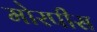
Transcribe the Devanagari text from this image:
मोरपीस